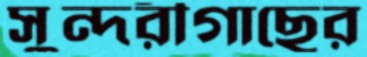
সুন্দরীগাছের